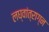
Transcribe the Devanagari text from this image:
लघ्वांत्राग्न